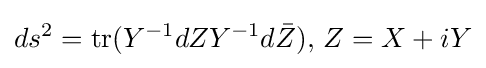
ds^{2}={\text{tr}}(Y^{-1}dZY^{-1}d{\bar {Z}}),\,Z=X+iY